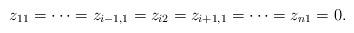
LaTeX: \begin{align*}z_{11}=\cdots =z_{i-1,1}=z_{i2}=z_{i+1,1}=\cdots =z_{n1}=0.\end{align*}